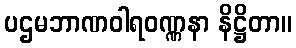
ပဌမဘာဏဝါရဝဏ္ဏနာ နိဋ္ဌိတာ။